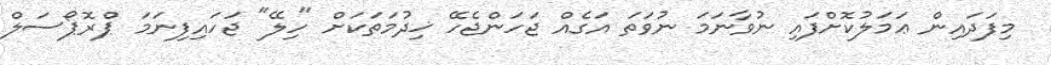
މިފަދައިން ޢަމަލުކޮށްފައި ނުވާނަމަ ނުވަތަ އަގެއް ޖަހަންޖެހޭ ޚިދުމަތަކަށް "ހިލޭ" ޖަހައިފިނަމަ ޕްރޮޕޯސަލް